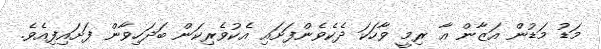
މަޑު މަޑުން އަޒާން އާ ރިމީ ވާހަކަ ދެކެވެންފަށައި އެކުވެރިކަން ބަދަހިވާން ފަށައިފިއެވެ.